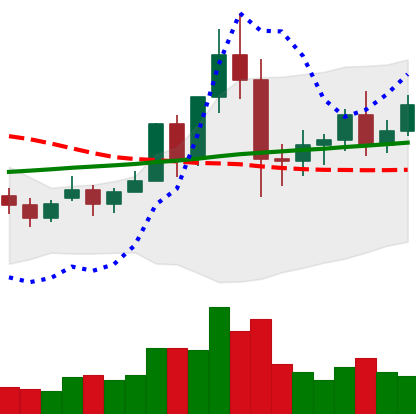
Ticker: NEO-USD
Chart end date: 2020-12-03
Forward return: -12.619%
Label: down_7plus